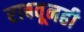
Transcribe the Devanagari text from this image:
राबवूनही